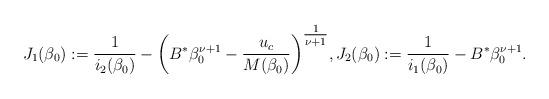
LaTeX: \begin{align*}J_1(\beta_0):=\frac{1}{i_2(\beta_0)}-\bigg(B^{*}\beta_0^{\nu+1}-\frac{u_c}{M(\beta_0)}\bigg)^{\tfrac{1}{\nu+1}}, J_2(\beta_0):=\frac{1}{i_1(\beta_0)}-B^{*}\beta_0^{\nu+1}.\end{align*}